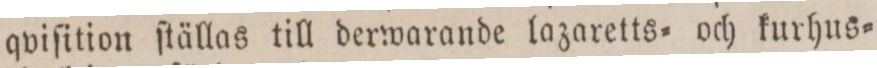
qviſition ſtällas till derwarande lazaretts= och kurhus=